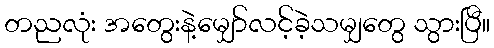
တညလုံး အတွေးနဲ့မျှော်လင့်ခဲ့သမျှတွေ သွားပြီ။